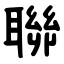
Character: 聯